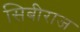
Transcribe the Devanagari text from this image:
सिबीराज